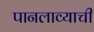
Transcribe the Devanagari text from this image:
पानलाव्याची